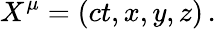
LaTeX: X^{\mu}=(ct,x,y,z)\, .